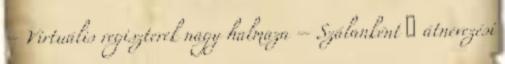
– Virtuális regiszterek nagy halmaza – Szálanként ● átnevezési